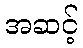
အဆင့်